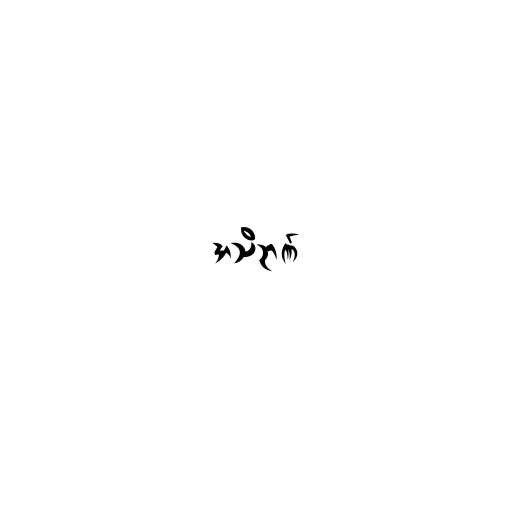
အသိဉာဏ်